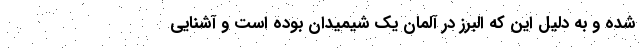
شده و به دلیل این که البرز در آلمان یک شیمیدان بوده است و آشنایی